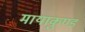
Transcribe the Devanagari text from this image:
मायाकुण्ड